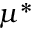
\mu ^ { * }